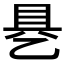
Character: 𰁄